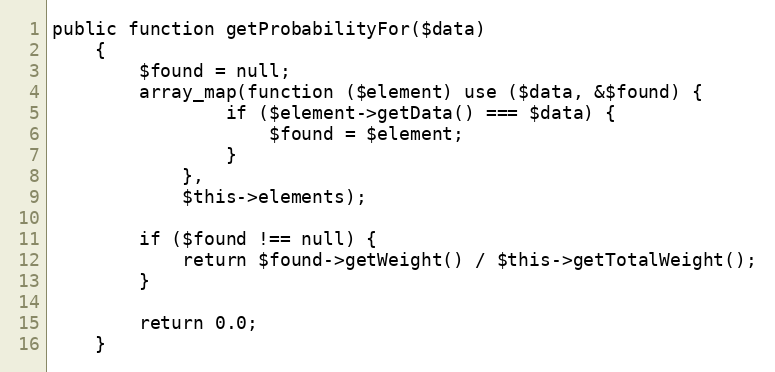
Language: PHP
public function getProbabilityFor($data)
    {
        $found = null;
        array_map(function ($element) use ($data, &$found) {
                if ($element->getData() === $data) {
                    $found = $element;
                }
            },
            $this->elements);

        if ($found !== null) {
            return $found->getWeight() / $this->getTotalWeight();
        }

        return 0.0;
    }